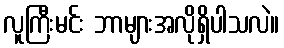
လူကြီးမင်း ဘာများအလိုရှိပါသလဲ။